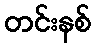
တင်းနစ်